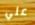
علي